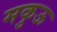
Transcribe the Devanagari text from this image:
मकुऊ